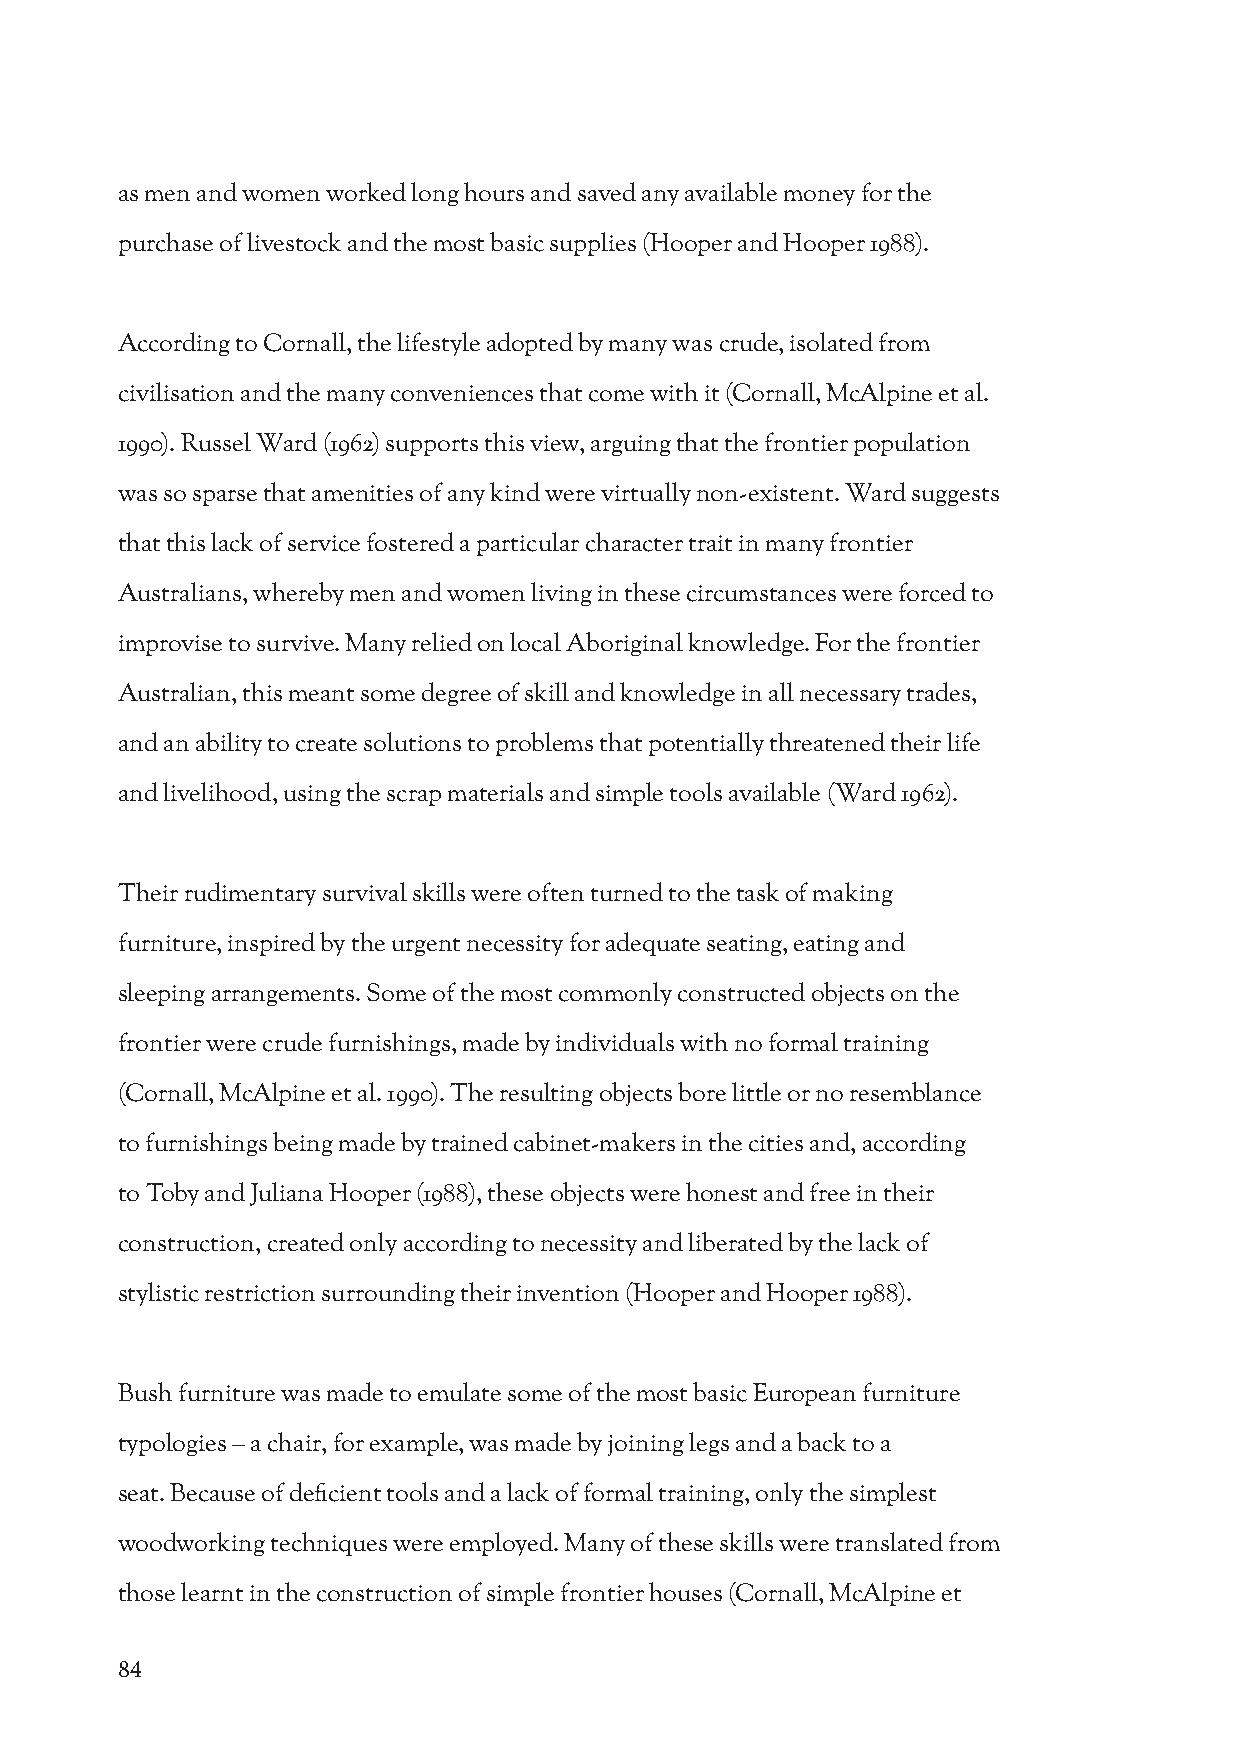
as men and women worked long hours and saved any available money for the
 purchase of livestock and the most basic supplies (Hooper and Hooper 1988).
 According to Cornall, the lifestyle adopted by many was crude, isolated from
 civilisation and the many conveniences that come with it (Cornall, McAlpine et al.
 1990). Russel Ward (1962) supports this view, arguing that the frontier population
 was so sparse that amenities of any kind were virtually non-existent. Ward suggests
 that this lack of service fostered a particular character trait in many frontier
 Australians, whereby men and women living in these circumstances were forced to
 improvise to survive. Many relied on local Aboriginal knowledge. For the frontier
 Australian, this meant some degree of skill and knowledge in all necessary trades,
 and an ability to create solutions to problems that potentially threatened their life
 and livelihood, using the scrap materials and simple tools available (Ward 1962).
 Their rudimentary survival skills were often turned to the task of making
 furniture, inspired by the urgent necessity for adequate seating, eating and
 sleeping arrangements. Some of the most commonly constructed objects on the
 frontier were crude furnishings, made by individuals with no formal training
 (Cornall, McAlpine et al. 1990). The resulting objects bore little or no resemblance
 to furnishings being made by trained cabinet-makers in the cities and, according
 to Toby and Juliana Hooper (1988), these objects were honest and free in their
 construction, created only according to necessity and liberated by the lack of
 stylistic restriction surrounding their invention (Hooper and Hooper 1988).
 Bush furniture was made to emulate some of the most basic European furniture
 typologies – a chair, for example, was made by joining legs and a back to a
 seat. Because of deficient tools and a lack of formal training, only the simplest
 woodworking techniques were employed. Many of these skills were translated from
 those learnt in the construction of simple frontier houses (Cornall, McAlpine et
 84